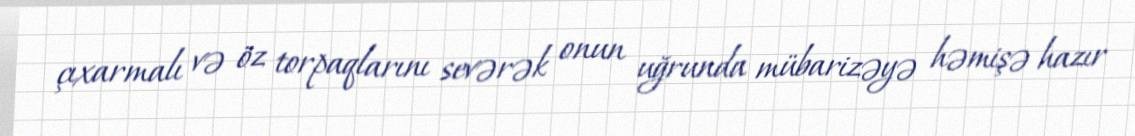
çıxarmalı və öz torpaqlarını sevərək onun uğrunda mübarizəyə həmişə hazır